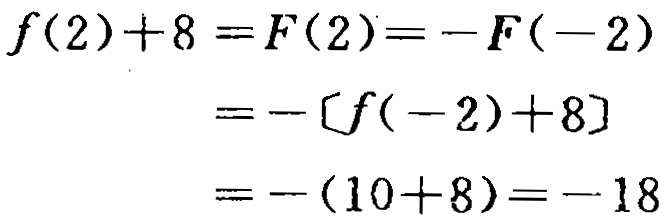
\[
\begin{align*}
f(2)+8 =F(2)&=-F(-2)\\
&=-[f(-2)+8]\\
&=-(10 + 8)=-18
\end{align*}
\]